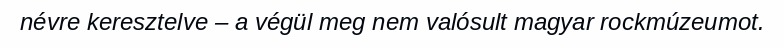
névre keresztelve – a végül meg nem valósult magyar rockmúzeumot.